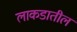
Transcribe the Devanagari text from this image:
लाकडातील